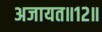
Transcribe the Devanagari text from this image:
अजायत॥१२॥